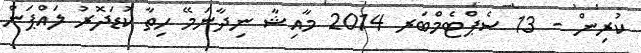
ކުރިން - 13 ސެޕްޓެމްބަރ 2014 މާއިޝާ ނިދާނަމޭ ހިތާ ކުޑަދޮރު ލައްޕަން